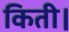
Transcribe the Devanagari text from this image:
किती।